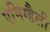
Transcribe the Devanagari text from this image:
एमिग्डैली